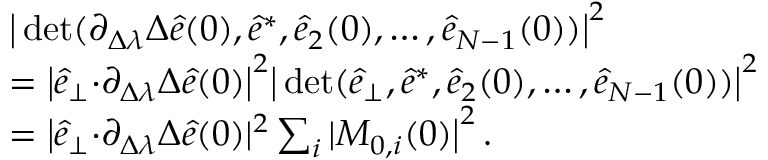
\begin{array} { r l } & { { \big \vert \operatorname* { d e t } ( \partial _ { \Delta \lambda } \Delta \hat { e } ( 0 ) , \hat { e } ^ { * } , \hat { e } _ { 2 } ( 0 ) , \dots , \hat { e } _ { N - 1 } ( 0 ) ) \big \vert ^ { 2 } } } \\ & { = { \big \vert \hat { e } _ { \perp } { \cdot } \partial _ { \Delta \lambda } \Delta \hat { e } ( 0 ) \big \vert ^ { 2 } \big \vert \operatorname* { d e t } ( \hat { e } _ { \perp } , \hat { e } ^ { * } , \hat { e } _ { 2 } ( 0 ) , \dots , \hat { e } _ { N - 1 } ( 0 ) ) \big \vert ^ { 2 } } } \\ & { = { \big \vert \hat { e } _ { \perp } { \cdot } \partial _ { \Delta \lambda } \Delta \hat { e } ( 0 ) \vert ^ { 2 } \sum _ { i } \vert M _ { 0 , i } ( 0 ) \big \vert ^ { 2 } } \, . } \end{array}